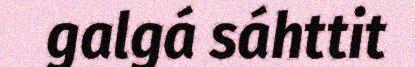
galgá sáhttit